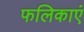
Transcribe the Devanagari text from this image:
फलिकाएं